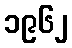
၁၉၆၂